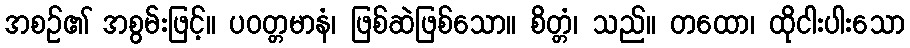
အစဉ်၏ အစွမ်းဖြင့်။ ပဝတ္တမာနံ၊ ဖြစ်ဆဲဖြစ်သော။ စိတ္တံ၊ သည်။ တထော၊ ထိုငါးပါးသော